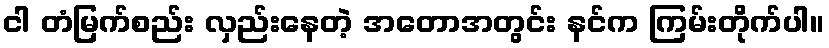
ငါ တံမြက်စည်း လှည်းနေတဲ့ အတောအတွင်း နင်က ကြမ်းတိုက်ပါ။